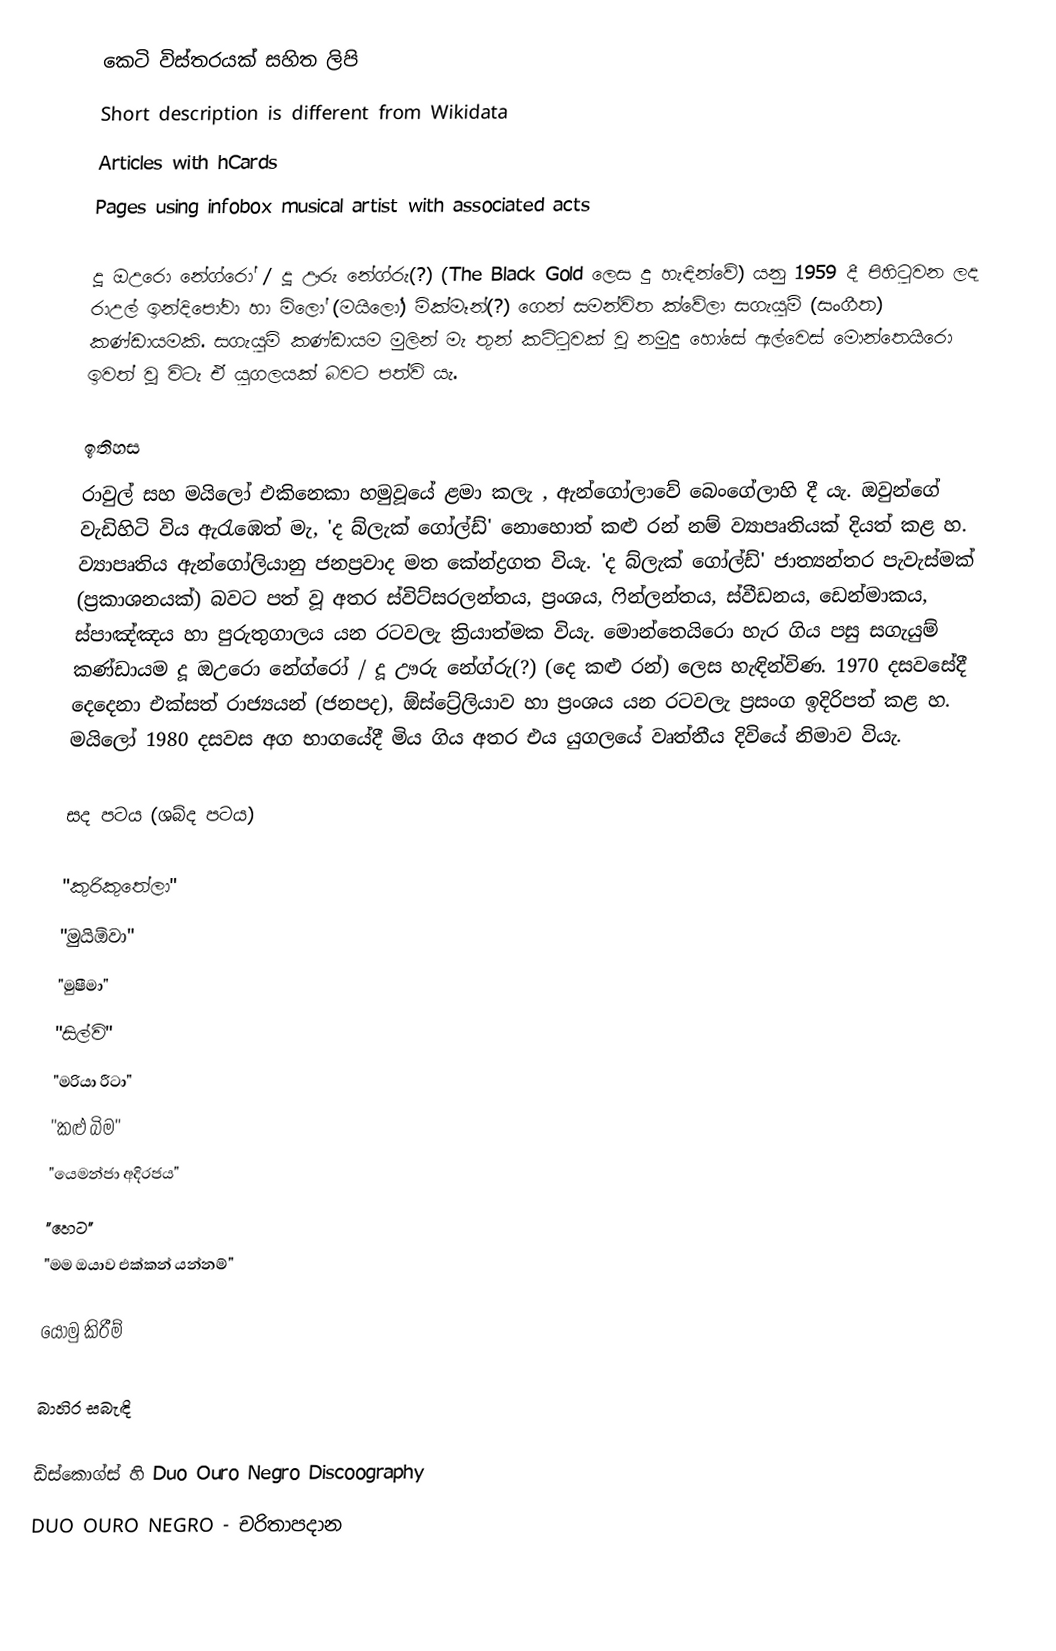
කෙටි විස්තරයක් සහිත ලිපි
Short description is different from Wikidata
Articles with hCards
Pages using infobox musical artist with associated acts

දූ ඔඋරො නේග්රෝ / දූ ඌරු නේග්රු(?) (The Black Gold ලෙස දු හැඳින්වේ) යනු 1959 දී පිහිටුවන ලද රාඋල් ඉන්දිපෝවා හා මිලෝ (මයිලෝ) මික්මෑන්(?) ගෙන් සමන්විත ක්වේලා සගැයුම් (සංගීත) කණ්ඩායමකි. සගැයුම් කණ්ඩායම මුලින් මැ  තුන් කට්ටුවක් වූ නමුදු  හෝසේ ඇල්වෙස් මොන්තෙයිරො ඉවත් වූ විටැ  ඒ යුගලයක් බවට පත්වි යැ.

ඉතිහස
රාවුල් සහ මයිලෝ එකිනෙකා හමුවූයේ ළමා කලැ , ඇන්ගෝලාවේ බෙංගේලාහි දී යැ. ඔවුන්ගේ වැඩිහිටි විය ඇරැඹෙත් මැ, 'ද බ්ලැක් ගෝල්ඩ්' නොහොත් කළු රන් නම් ව්‍යාපෘතියක් දියත් කළ හ. ව්‍යාපෘතිය ඇන්ගෝලියානු ජනප්‍රවාද මත කේන්ද්‍රගත වියැ.  'ද බ්ලැක් ගෝල්ඩ්' ජාත්‍යන්තර පැවැස්මක් (ප්‍රකාශනයක්) බවට පත් වූ අතර ස්විට්සරලන්තය, ප්‍රංශය, ෆින්ලන්තය, ස්වීඩනය, ඩෙන්මාකය, ස්පාඤ්ඤය හා පුරුතුගාලය යන රටවලැ ක්‍රියාත්මක වියැ. මොන්තෙයිරො හැර ගිය පසු සගැයුම් කණ්ඩායම දූ ඔඋරො නේග්රෝ  / දූ ඌරු නේග්රු(?) (දෙ කළු රන්) ලෙස හැඳින්විණ. 1970 දසවසේදී දෙදෙනා එක්සත් රාජ්‍යයන් (ජනපද), ඕස්ට්‍රේලියාව හා ප්‍රංශය යන රටවලැ ප්‍රසංග ඉදිරිපත් කළ හ. මයිලෝ 1980 දසවස අග භාගයේදී මිය ගිය අතර එය යුගලයේ වෘත්තීය දිවියේ නිමාව වියැ.

සද පටය (ශබ්ද පටය)

 "කුරිකුතේලා"
 "මුයිඕවා"
 "මුෂීමා"
 "සිල්වි"
 "මරියා රීටා"
 "කළු බිම"
 "යෙමන්ජා අදිරජය"
 "හෙට"
 "මම ඔයාව එක්කන් යන්නම්"

යොමු කිරීම්

බාහිර සබැඳි

 ඩිස්කොග්ස් හි Duo Ouro Negro Discoography
 DUO OURO NEGRO - චරිතාපදාන